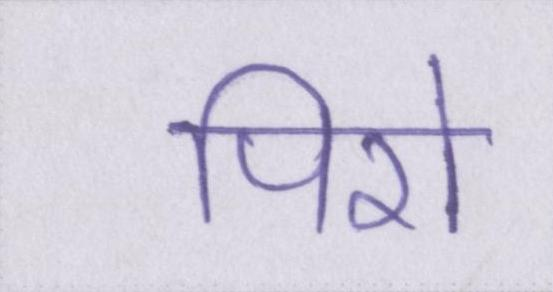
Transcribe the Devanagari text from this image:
पिरो